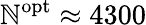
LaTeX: \mathbb{N}^{\mathrm{{opt}}}\approx4300